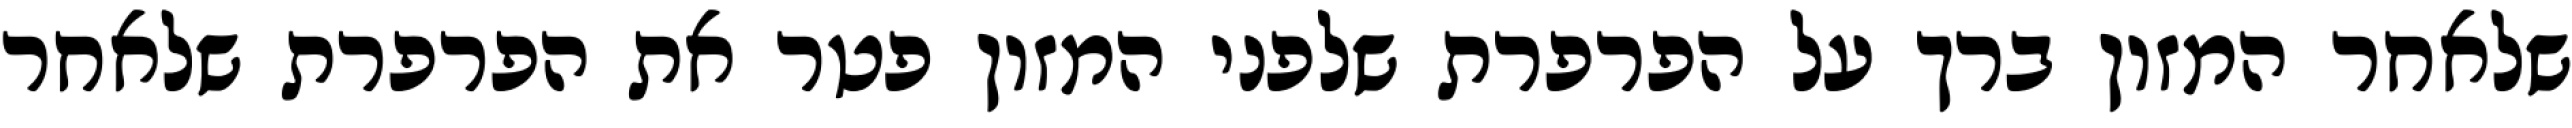
שלאחר המזון ברך על הפרפרת שלפני המזון פטר את הפרפרת שלאחר